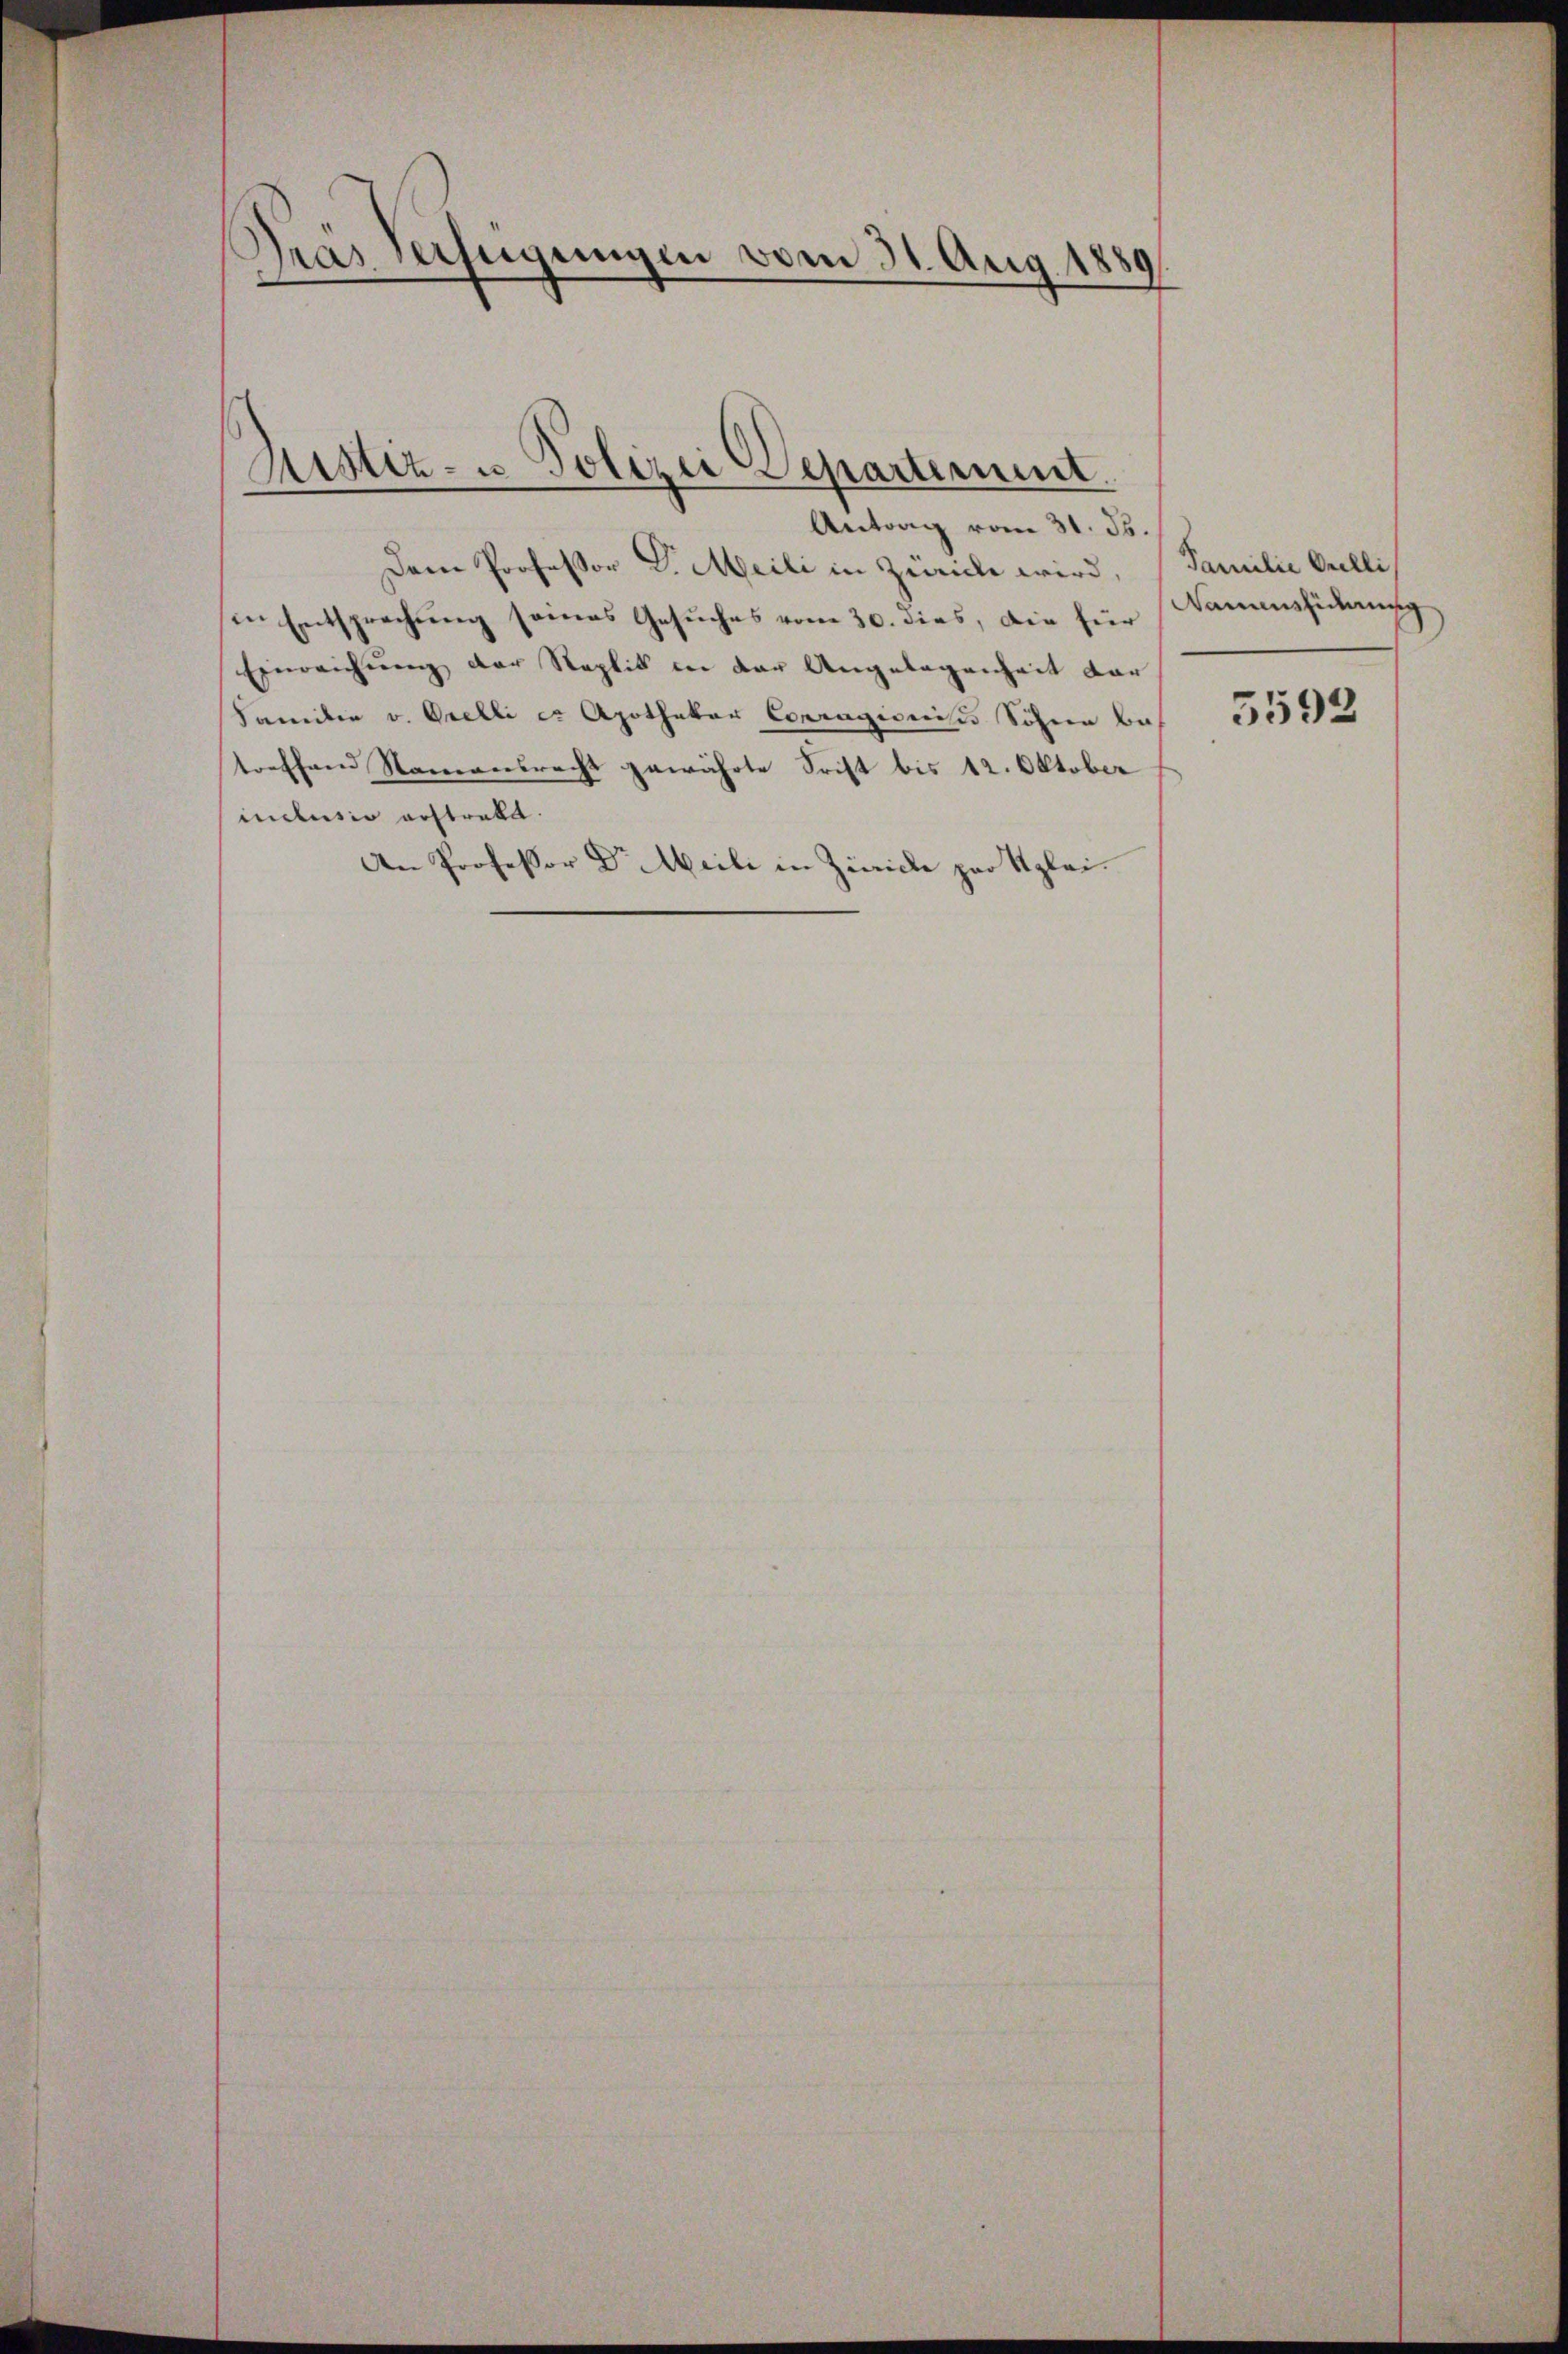
Pras Verfügungen vom 31. Aug. 1889

Zustiz- u. Polizei Departement.
Antrag vom 31. ds.

Dem Professor Dr. Meili in Zürich wird, (Familie Gallis
in Entsprechung seines Gesuches vom 30. dies, die für Banaussicherung
Einreichnung der Replik in der Angelegenheit dar
Familie v. Orelli er Apothekar Conragioniste Söhnen betoeffend Namensrecht gewährte Frist bis 12. Oktober
inclusio austrebt.
An Professor Dr Meili in Zürich par Kglei¬

5592